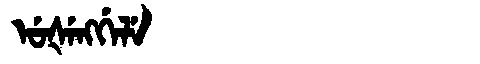
Manchu: ᡠᡧᡝᠩᡤᡝᠯᡝ
Romanization: UŠENGGELE